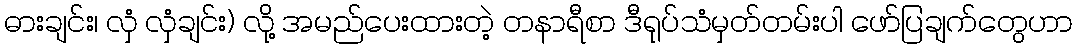
ဓားချင်း၊ လှံ လှံချင်း) လို့ အမည်ပေးထားတဲ့ တနာရီစာ ဒီရုပ်သံမှတ်တမ်းပါ ဖော်ပြချက်တွေဟာ